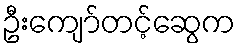
ဦးကျော်တင့်ဆွေက